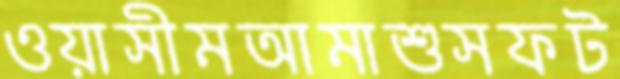
ওয়াসীমআমাশুসফট